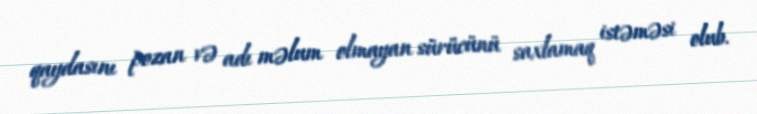
qaydasını pozan və adı məlum olmayan sürücünü saxlamaq istəməsi olub.